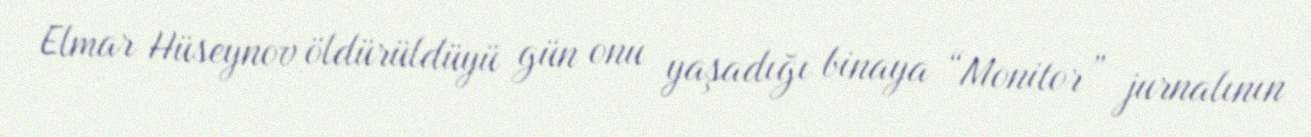
Elmar Hüseynov öldürüldüyü gün onu yaşadığı binaya “Monitor” jurnalının